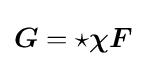
{\boldsymbol {G}}=\star {\boldsymbol {\chi }}{\boldsymbol {F}}